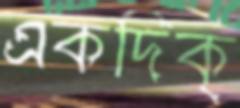
একদিক্‌